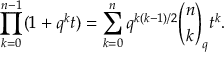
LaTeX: \prod _ { k = 0 } ^ { n - 1 } ( 1 + q ^ { k } t ) = \sum _ { k = 0 } ^ { n } q ^ { k ( k - 1 ) / 2 } { \binom { n } { k } } _ { q } t ^ { k } .